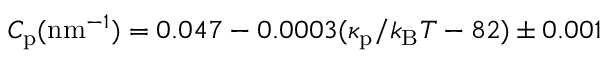
C _ { \mathrm { p } } ( \mathrm { n m } ^ { - 1 } ) = 0 . 0 4 7 - 0 . 0 0 0 3 ( \kappa _ { \mathrm { p } } / k _ { \mathrm { B } } T - 8 2 ) \pm 0 . 0 0 1